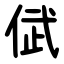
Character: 倵